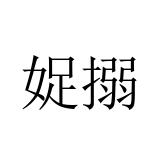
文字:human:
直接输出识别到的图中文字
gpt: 娖搦